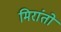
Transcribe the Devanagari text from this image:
मिरांतो